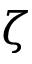
\zeta